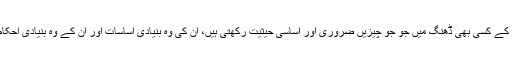
اس لئے اللہ کی شریعت نے یہ طے کیا کہ کسی بھی نظام میں، اور انسانی زندگی کے کسی بھی ڈھنگ میں جو جو چیزیں ضروری اور اساسی حیثیت رکھتی ہیں، ان کی وہ بنیادی اساسات اور ان کے وہ بنیادی احکام وحئ الہٰی کے ذریعے طے کر دیئے جائیں جہاں عقل کے بھٹکنے کا امکان ہے۔